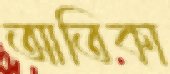
আতিকা